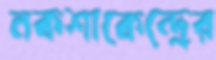
নকশাকেন্দ্রের